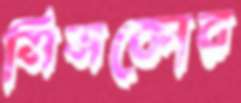
সিসকোর